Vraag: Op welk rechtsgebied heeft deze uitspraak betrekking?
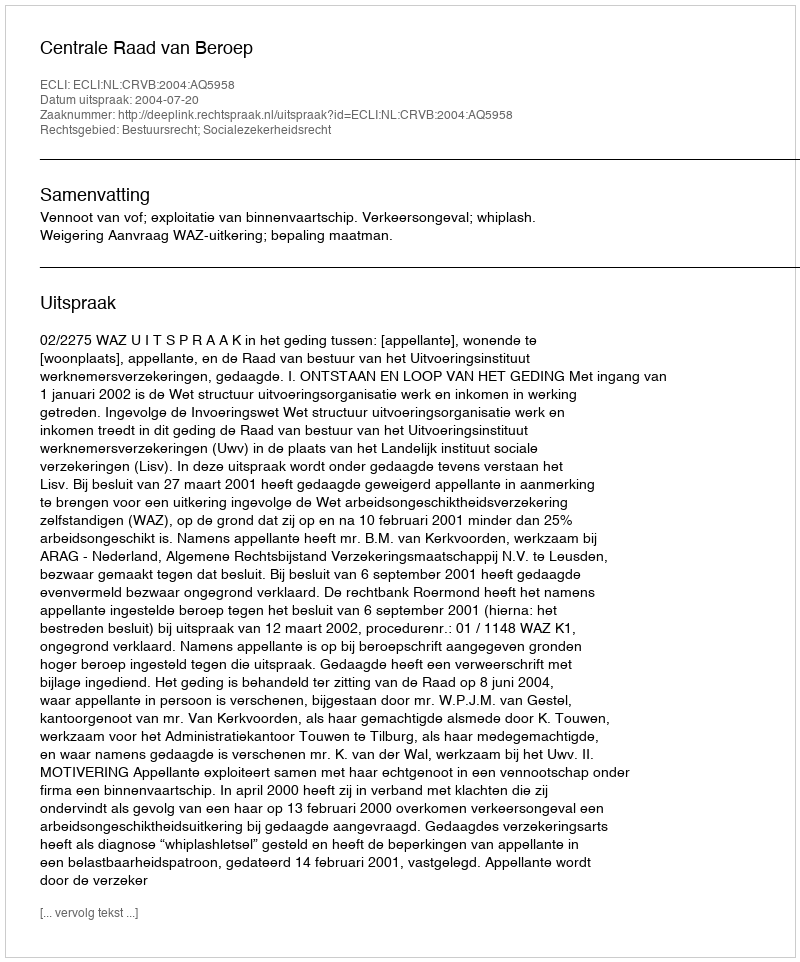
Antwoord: Bestuursrecht; Socialezekerheidsrecht